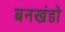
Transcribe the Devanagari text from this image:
बनखंडो